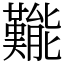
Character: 㔮